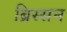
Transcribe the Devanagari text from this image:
ब्रिस्सन